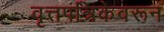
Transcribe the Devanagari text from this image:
वृत्तपत्रिकेवरून